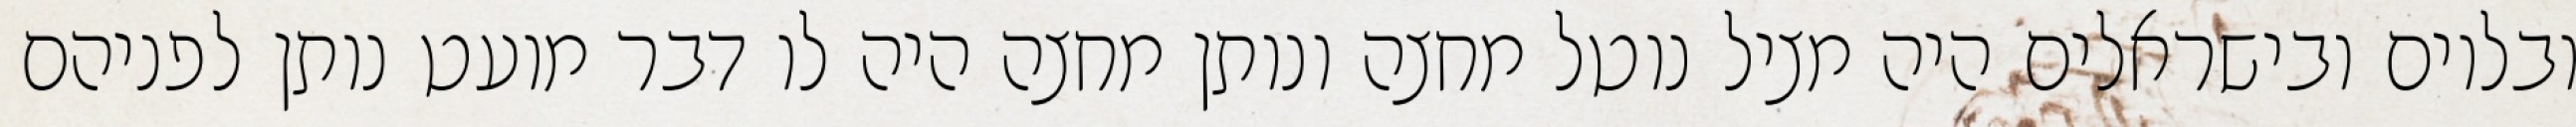
ובלוים ובישראלים היה מציל נוטל מחצה ונותן מחצה היה לו דבר מועט נותן לפניהם